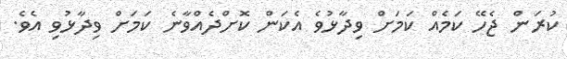
ކުރަން ޖެހޭ ކަމެއް ކަމަށް ވިދާޅުވެ އެކަން ކޮށްދެއްވާނެ ކަމަށް ވިދާޅުވި އެވެ.